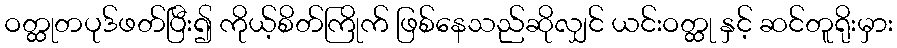
ဝတ္ထုတပုဒ်ဖတ်ပြီး၍ ကိုယ့်စိတ်ကြိုက် ဖြစ်နေသည်ဆိုလျှင် ယင်းဝတ္ထု နှင့် ဆင်တူရိုးမှား